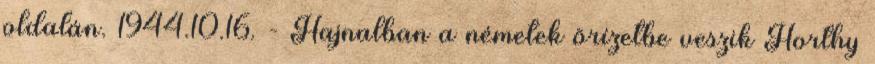
oldalán. 1944.10.16. - Hajnalban a németek õrízetbe veszik Horthy